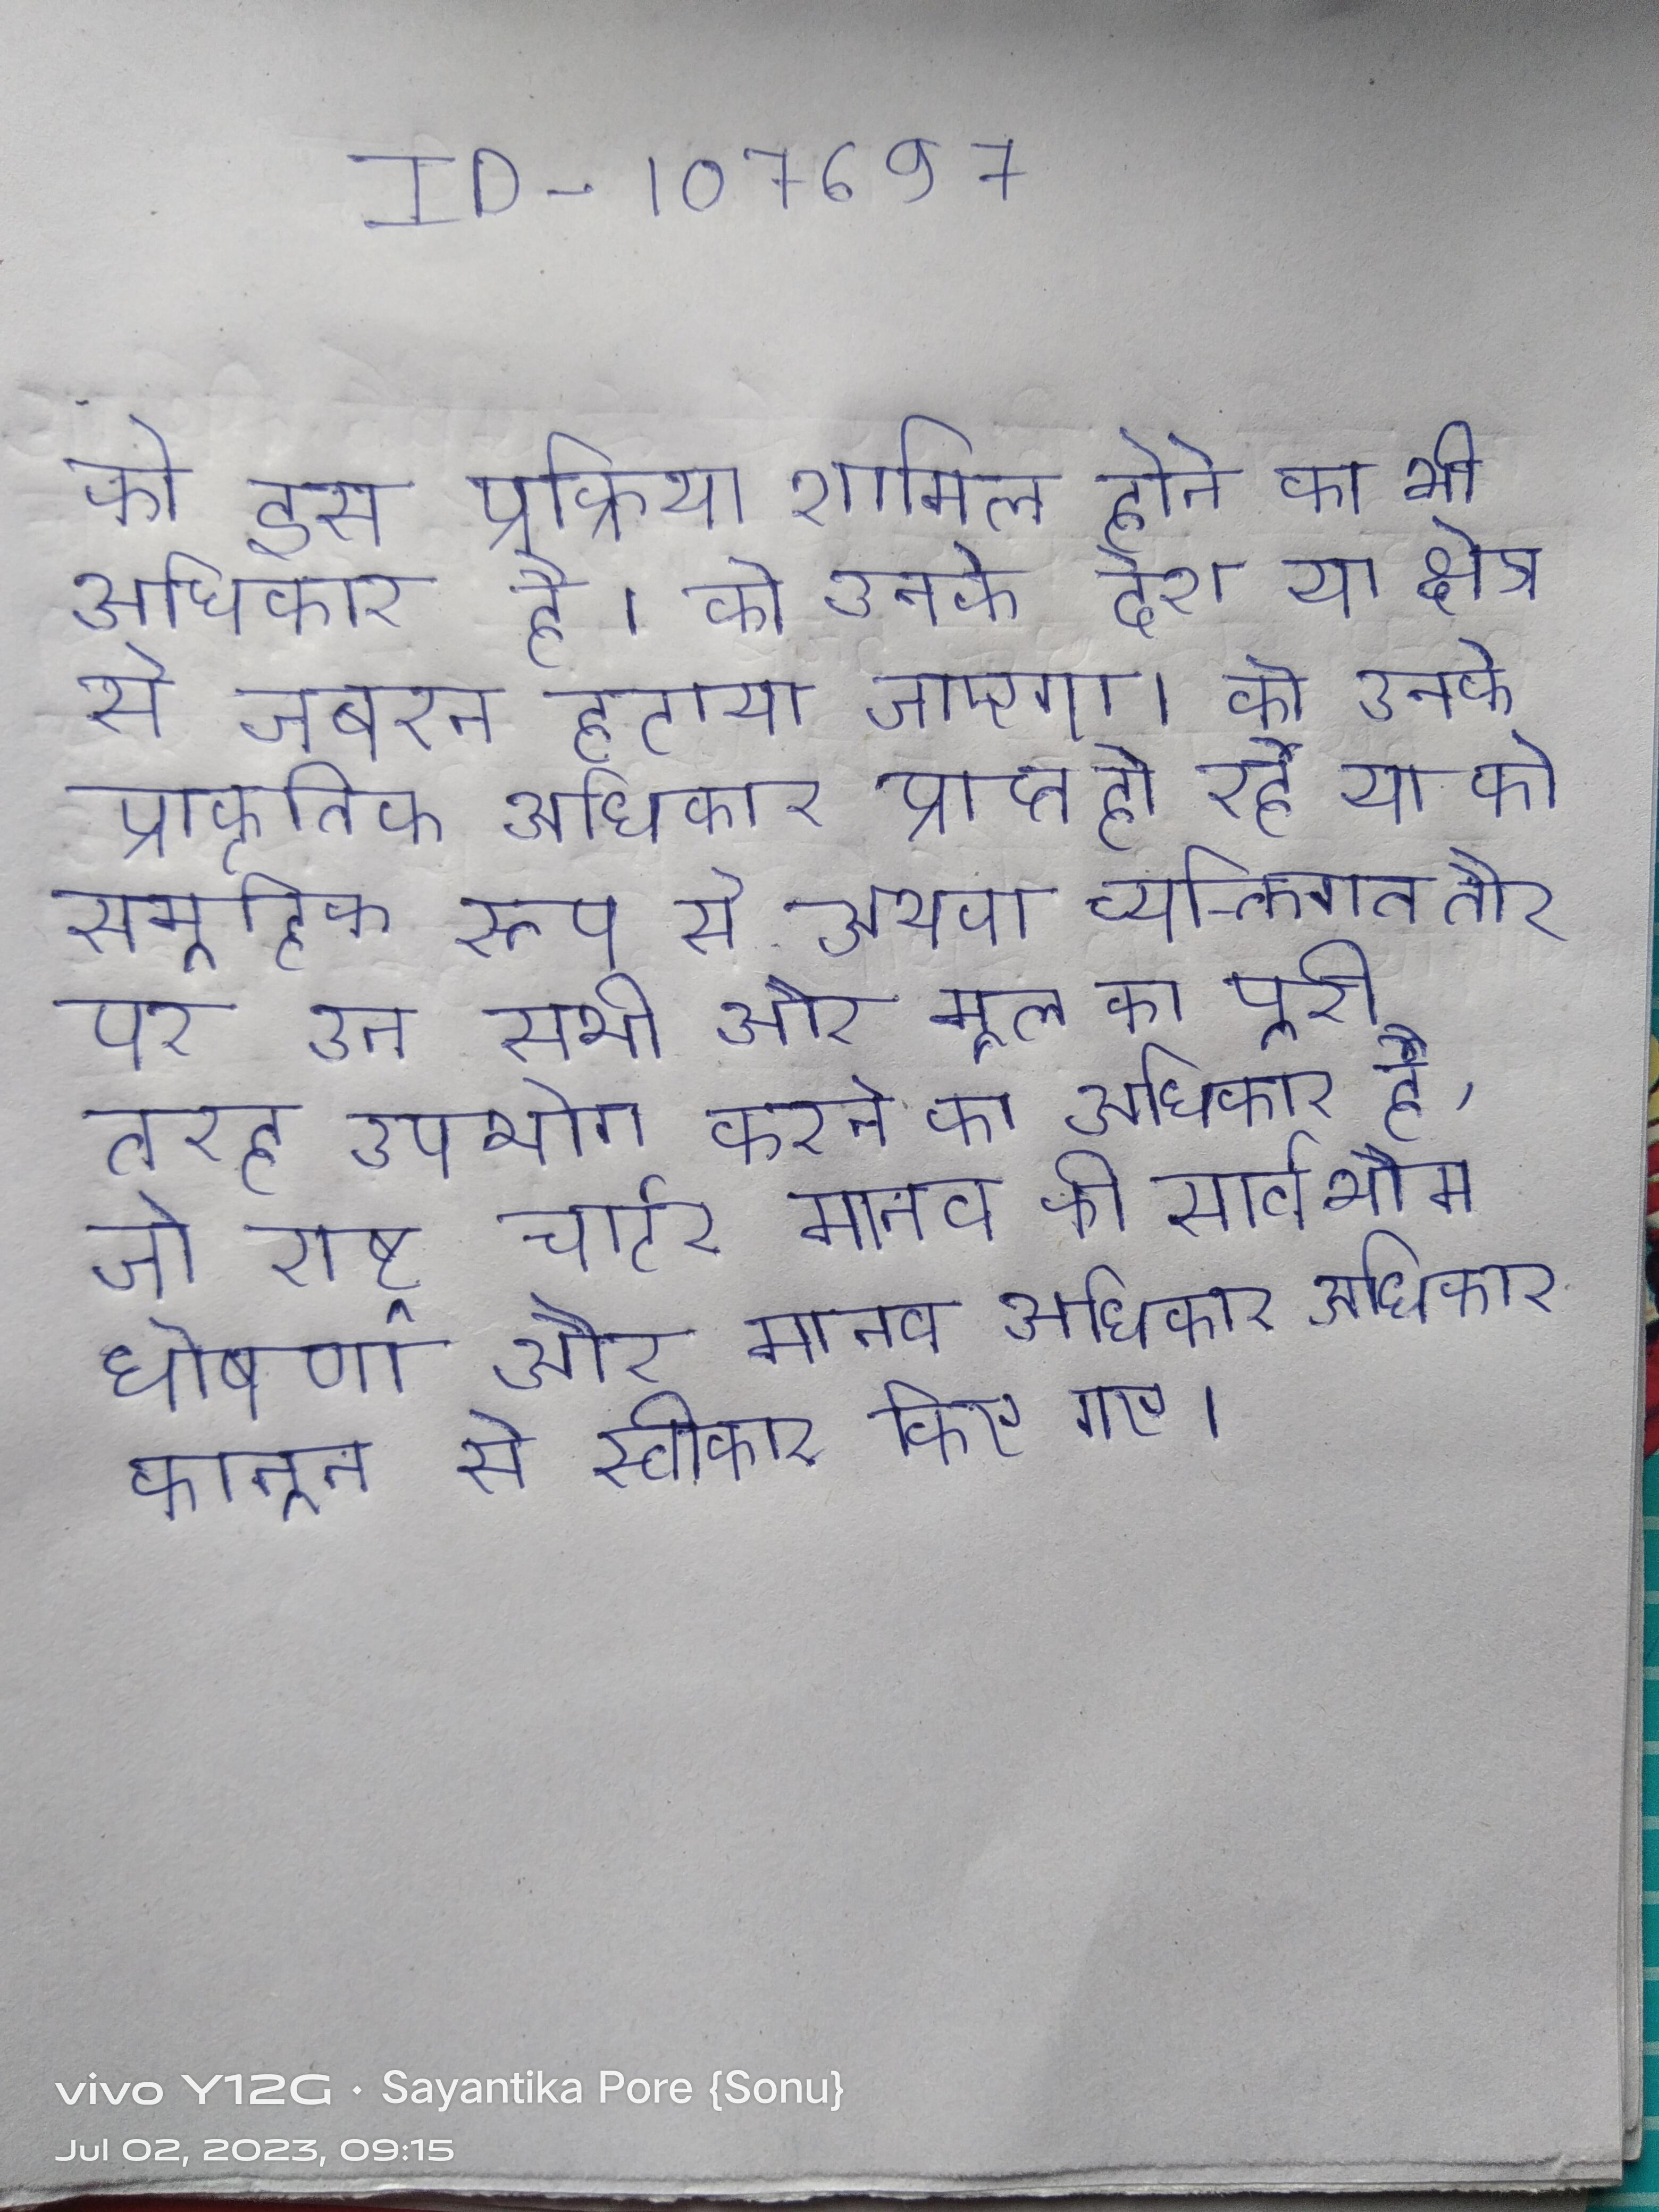
को इस प्रक्रिया शामिल होने का भी अधिकार है । को उनके देश या क्षेत्र से जबरन हटाया जाएगा । को उनके प्राकृतिक अधिकार प्राप्त हो रहे या को सामूहिक रूप से अथवा व्यक्तिगत तौर पर उन सभी और मूल का पूरी तरह उपभोग करने का अधिकार है, जो राष्ट्र चार्टर मानव की सार्वभौम घोषणा और मानव अधिकार अधिकार कानून से स्वीकार किए गए ।